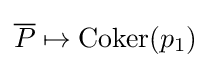
{\overline {P}}\mapsto \operatorname {Coker} (p_{1})